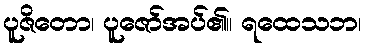
ပူဇိတော၊ ပူဇော်အပ်၏။ ရထေသဘ၊